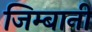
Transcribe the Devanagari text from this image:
जिम्बानी